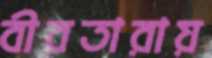
বীরতারায়